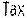
TAX